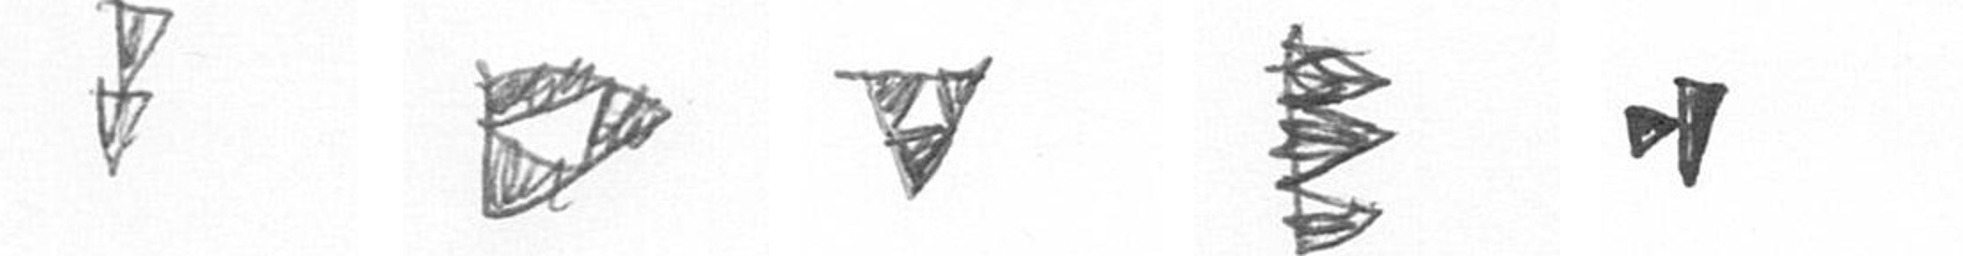
Z K S H M